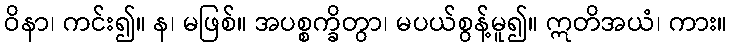
ဝိနာ၊ ကင်း၍။ န၊ မဖြစ်။ အပစ္စက္ခိတွာ၊ မပယ်စွန့်မူ၍။ ဣတိအယံ၊ ကား။